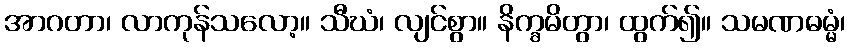
အာဂတာ၊ လာကုန်သလော့။ သီဃံ၊ လျင်စွာ။ နိက္ခမိတွာ၊ ထွက်၍။ သမဏဓမ္မံ၊